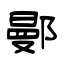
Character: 鄤